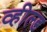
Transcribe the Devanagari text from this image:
व्हील्ड